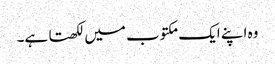
وہ اپنے ایک مکتوب میں لکھتا ہے۔